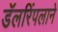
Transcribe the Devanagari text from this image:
डॅलरिंपलाने